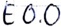
Text: E0.0